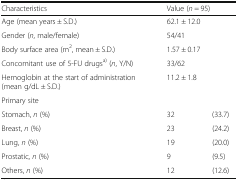
| Characteristics | <COLSPAN=2> Value (n = 95) |
 | --- | --- | --- |
 | Age (mean years ± S.D.) | <COLSPAN=2> 62.1 ± 12.0 |
 | Gender (n, male/female) | <COLSPAN=2> 54/41 |
 | Body surface area (m2, mean ± S.D.) | <COLSPAN=2> 1.57 ± 0.17 |
 | Concomitant use of 5-FU drugsa) (n, Y/N) | <COLSPAN=2> 33/62 |
 | Hemoglobin at the start of administration (mean g/dL ± S.D.) | <COLSPAN=2> 11.2 ± 1.8 |
 | <COLSPAN=3> Primary site |
 | Stomach, n (%) | 32 | (33.7) |
 | Breast, n (%) | 23 | (24.2) |
 | Lung, n (%) | 19 | (20.0) |
 | Prostatic, n (%) | 9 | (9.5) |
 | Others, n (%) | 12 | (12.6) |